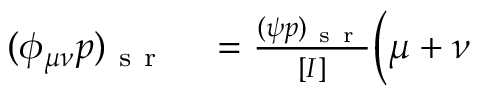
\begin{array} { r l } { ( \phi _ { \mu \nu } p ) _ { \mathrm { ~ s ~ r ~ } } } & { { } = \frac { ( \psi p ) _ { \mathrm { ~ s ~ r ~ } } } { [ I ] } \bigg ( \mu + \nu } \end{array}